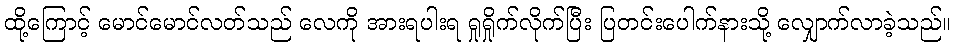
ထို့ကြောင့် မောင်မောင်လတ်သည် လေကို အားရပါးရ ရှုရှိုက်လိုက်ပြီး ပြတင်းပေါက်နားသို့ လျှောက်လာခဲ့သည်။